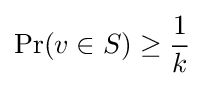
\Pr(v\in S)\geq {\frac {1}{k}}